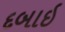
દબાઇ